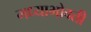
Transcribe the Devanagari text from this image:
मध्याभोवती